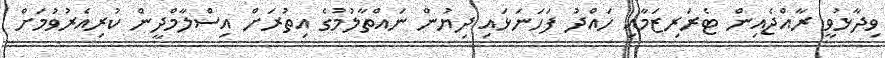
ވިދާޅުވީ ރާއްޖެއިން ޓެރަރިޒަމާއި ހައްދު ފަހަނަޅައި ދިޔުން ނައްތާލުމުގެ އިތުރަށް އިސްލާމްދީން ކުރިއެރުވުމަށް